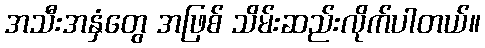
အသီးအနှံတွေ အဖြစ် သိမ်းဆည်းလိုက်ပါတယ်။